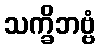
သက္ခိဘဗ္ဗံ